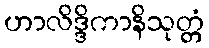
ဟာလိဒ္ဒိကာနိသုတ္တံ